Scottish Leaving Certificate Examination, 1960
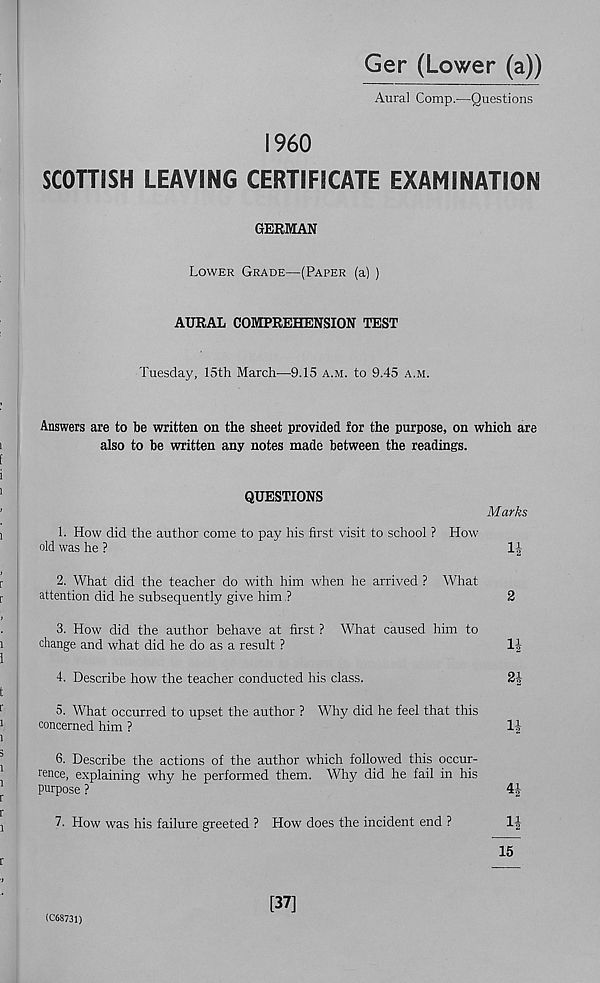
Ger (Lower (a))
Aural Comp.—Questions
I960
SCOTTISH LEAVING CERTIFICATE EXAMINATION
GERMAN
Lower Grade—(Paper (a) )
AURAL COMPREHENSION TEST
Tuesday, 15th March—9.15 a.m. to 9.45 a.m.
Answers are to be written on the sheet provided for the purpose, on which are
also to be written any notes made between the readings.
QUESTIONS
Marks
1. How did the author come to pay his first visit to school ? How
old was he ?
1|
2. What did the teacher do with him when he arrived ? What
attention did he subsequently give him ?
2
3. How did the author behave at first ? What caused him to
change and what did he do as a result ?
1|
4. Describe how the teacher conducted his class.
24
5. What occurred to upset the author ? Why did he feel that this
concerned him ?
1|
6. Describe the actions of the author which followed this occur-
rence, explaining why he performed them. Why did he fail in his
purpose ?
4|
7. How was his failure greeted ? How does the incident end ?
l-J
15
(C68731)
[37]